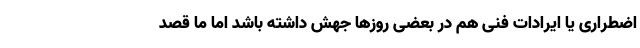
اضطراری یا ایرادات فنی هم در بعضی روزها جهش داشته باشد اما ما قصد